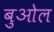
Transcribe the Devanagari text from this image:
बुओल